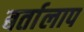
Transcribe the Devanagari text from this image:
बर्तालाप